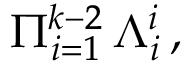
\Pi _ { i = 1 } ^ { k - 2 } \, \Lambda _ { i } ^ { i } \, ,